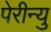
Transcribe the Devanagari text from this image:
पेरीन्यु